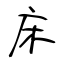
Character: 床